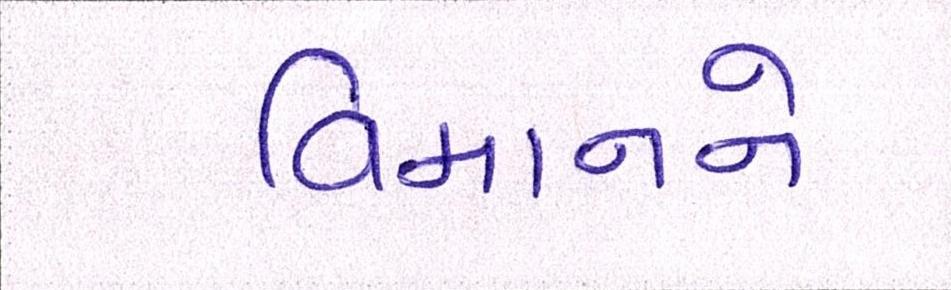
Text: વિમાનને